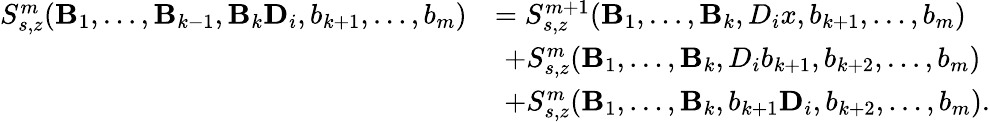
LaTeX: \begin{array}{rl}{S_{s,z}^{m}(\mathbf B_{1},\ldots,\mathbf B_{k-1},\mathbf{B}_{k}\mathbf{D}_{i},b_{k+1},\ldots,b_{m})}&{=S_{s,z}^{m+1}(\mathbf B_{1},\ldots,\mathbf B_{k},D_{i}x,b_{k+1},\ldots,b_{m})}\\ &{\, \, +S_{s,z}^{m}(\mathbf B_{1},\ldots,\mathbf{B}_{k},D_{i}b_{k+1},b_{k+2},\ldots,b_{m})}\\ &{\, \, +S_{s,z}^{m}(\mathbf B_{1},\ldots,\mathbf{B}_{k},b_{k+1}\mathbf D_{i},b_{k+2},\ldots,b_{m}).}\end{array}